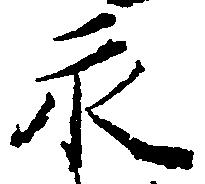
永